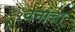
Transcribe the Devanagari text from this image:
वनांचा